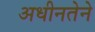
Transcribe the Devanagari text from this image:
अधीनतेने